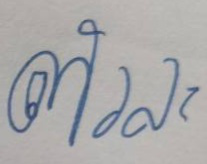
ตัวละ